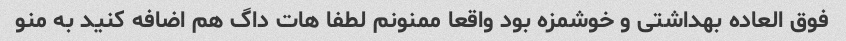
فوق العاده بهداشتی و خوشمزه بود واقعا ممنونم لطفا هات داگ هم اضافه کنید به منو